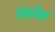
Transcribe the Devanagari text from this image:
लेकौक